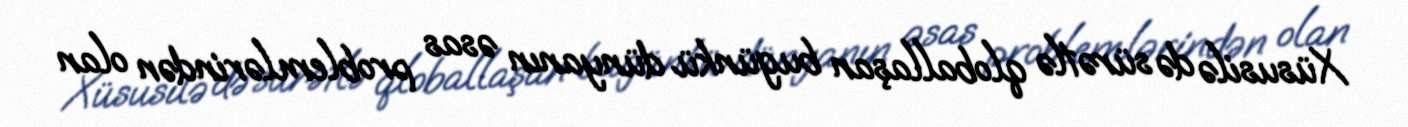
Xüsusilə də sürətlə qloballaşan bugünkü dünyanın əsas problemlərindən olan